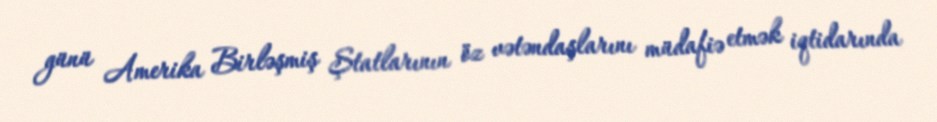
günü Amerika Birləşmiş Ştatlarının öz vətəndaşlarını müdafiə etmək iqtidarında